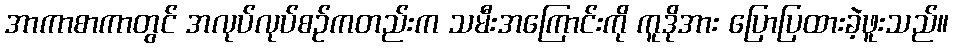
အာကာစာကာတွင် အလုပ်လုပ်စဉ်ကတည်းက သမီးအကြောင်းကို ကူဒိုအား ပြောပြထားခဲ့ဖူးသည်။